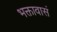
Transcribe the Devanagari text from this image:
भक्तावासं